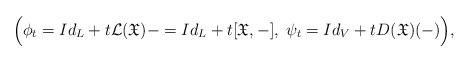
LaTeX: \begin{align*}\Big(\phi_{t}=Id_L+t\mathcal{L}(\mathfrak{X})-=Id_L+t[\mathfrak{X},-],\;\psi_{t}=Id_V+tD(\mathfrak{X})(-)\Big),\end{align*}